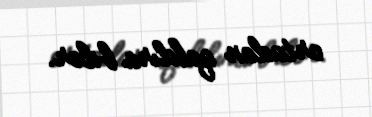
ortadan qaldıra bilər.